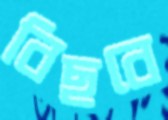
বিছবে